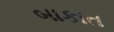
બાકાત